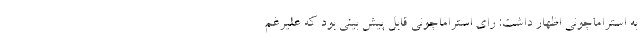
به استراماچونی اظهار داشت: رای استراماچونی قابل پیش بینی بود که علیرغم